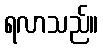
ရလာသည်။